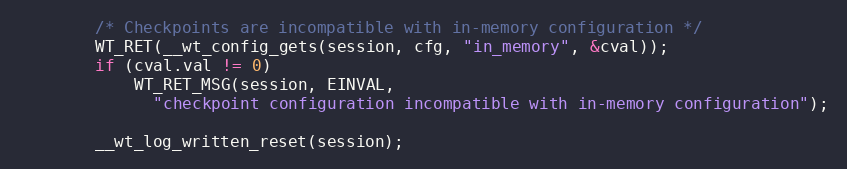
Language: C
        /* Checkpoints are incompatible with in-memory configuration */
        WT_RET(__wt_config_gets(session, cfg, "in_memory", &cval));
        if (cval.val != 0)
            WT_RET_MSG(session, EINVAL,
              "checkpoint configuration incompatible with in-memory configuration");

        __wt_log_written_reset(session);